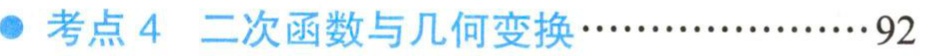
考点4 二次函数与几何变换\(\cdots\cdots\cdots\cdots\cdots\cdots92\)